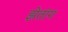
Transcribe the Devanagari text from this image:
झेतांग